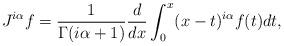
LaTeX: \begin{align*}J^{i\alpha}f=\frac{1}{\Gamma(i\alpha+1)}\frac{d}{dx}\int_{0}^{x}(x-t)^{i\alpha}f(t)dt,\end{align*}